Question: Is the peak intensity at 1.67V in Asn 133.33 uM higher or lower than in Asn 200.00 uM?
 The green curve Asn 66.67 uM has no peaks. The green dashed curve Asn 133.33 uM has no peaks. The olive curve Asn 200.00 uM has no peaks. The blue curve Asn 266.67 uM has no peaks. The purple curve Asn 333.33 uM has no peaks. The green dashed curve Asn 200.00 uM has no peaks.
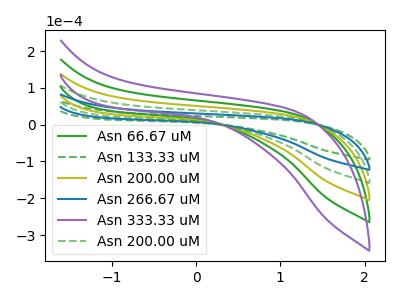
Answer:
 <answer>"Asn 133.33 uM" and "Asn 200.00 uM" dont share a peak at 1.67V.</answer>
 <eval>mismatch</eval>